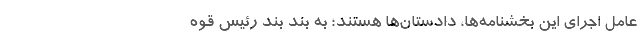
عامل اجرای این بخشنامه‌ها، دادستان‌ها هستند؛ به بند بند رئیس قوه